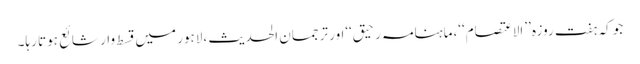
جو کہ ہفت روزہ ’’الاعتصام‘‘،ماہنامہ رحیق‘‘اور ترجمان الحدیث ،لاہور میں قسط وار شائع ہوتا رہا۔